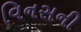
વિનસની